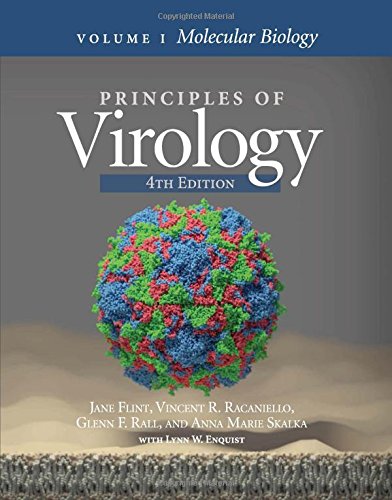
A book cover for Principles of Virology: 2 Vol set - Bundle; S. Jane Flint; Medical Books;